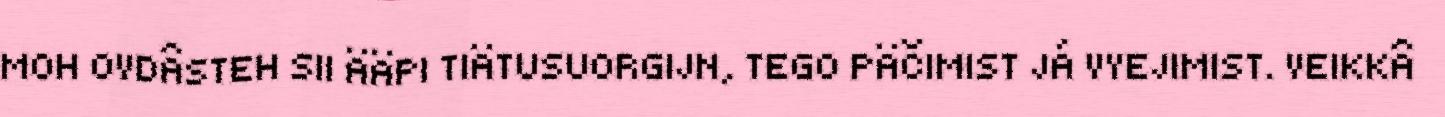
MOH OVDÂSTEH SII ÄÄPI TIÄTUSUORGIJN, TEGO PÄČIMIST JÁ VYEJIMIST. VEIKKÂ